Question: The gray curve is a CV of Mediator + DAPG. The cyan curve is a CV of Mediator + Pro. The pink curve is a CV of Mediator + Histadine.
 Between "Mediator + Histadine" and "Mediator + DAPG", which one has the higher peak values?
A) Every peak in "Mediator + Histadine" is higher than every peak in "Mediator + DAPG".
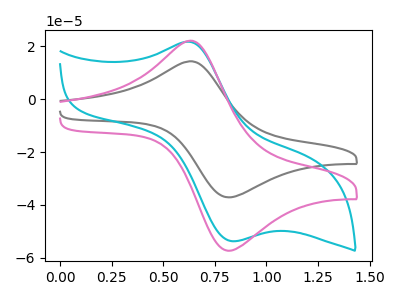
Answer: <think>The gray curve "Mediator + DAPG" has an anodic peak at (0.65V, 14.30uA) and a cathodic peak at (0.80V, -37.15uA). The cyan curve "Mediator + Pro" has an anodic peak at (0.60V, 21.70uA) and a cathodic peak at (0.85V, -53.70uA). The pink curve "Mediator + Histadine" has an anodic peak at (0.65V, 22.10uA) and a cathodic peak at (0.80V, -57.35uA).</think>
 <answer>A) Every peak in "Mediator + Histadine" is higher than every peak in "Mediator + DAPG".</answer>
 <eval>A</eval>